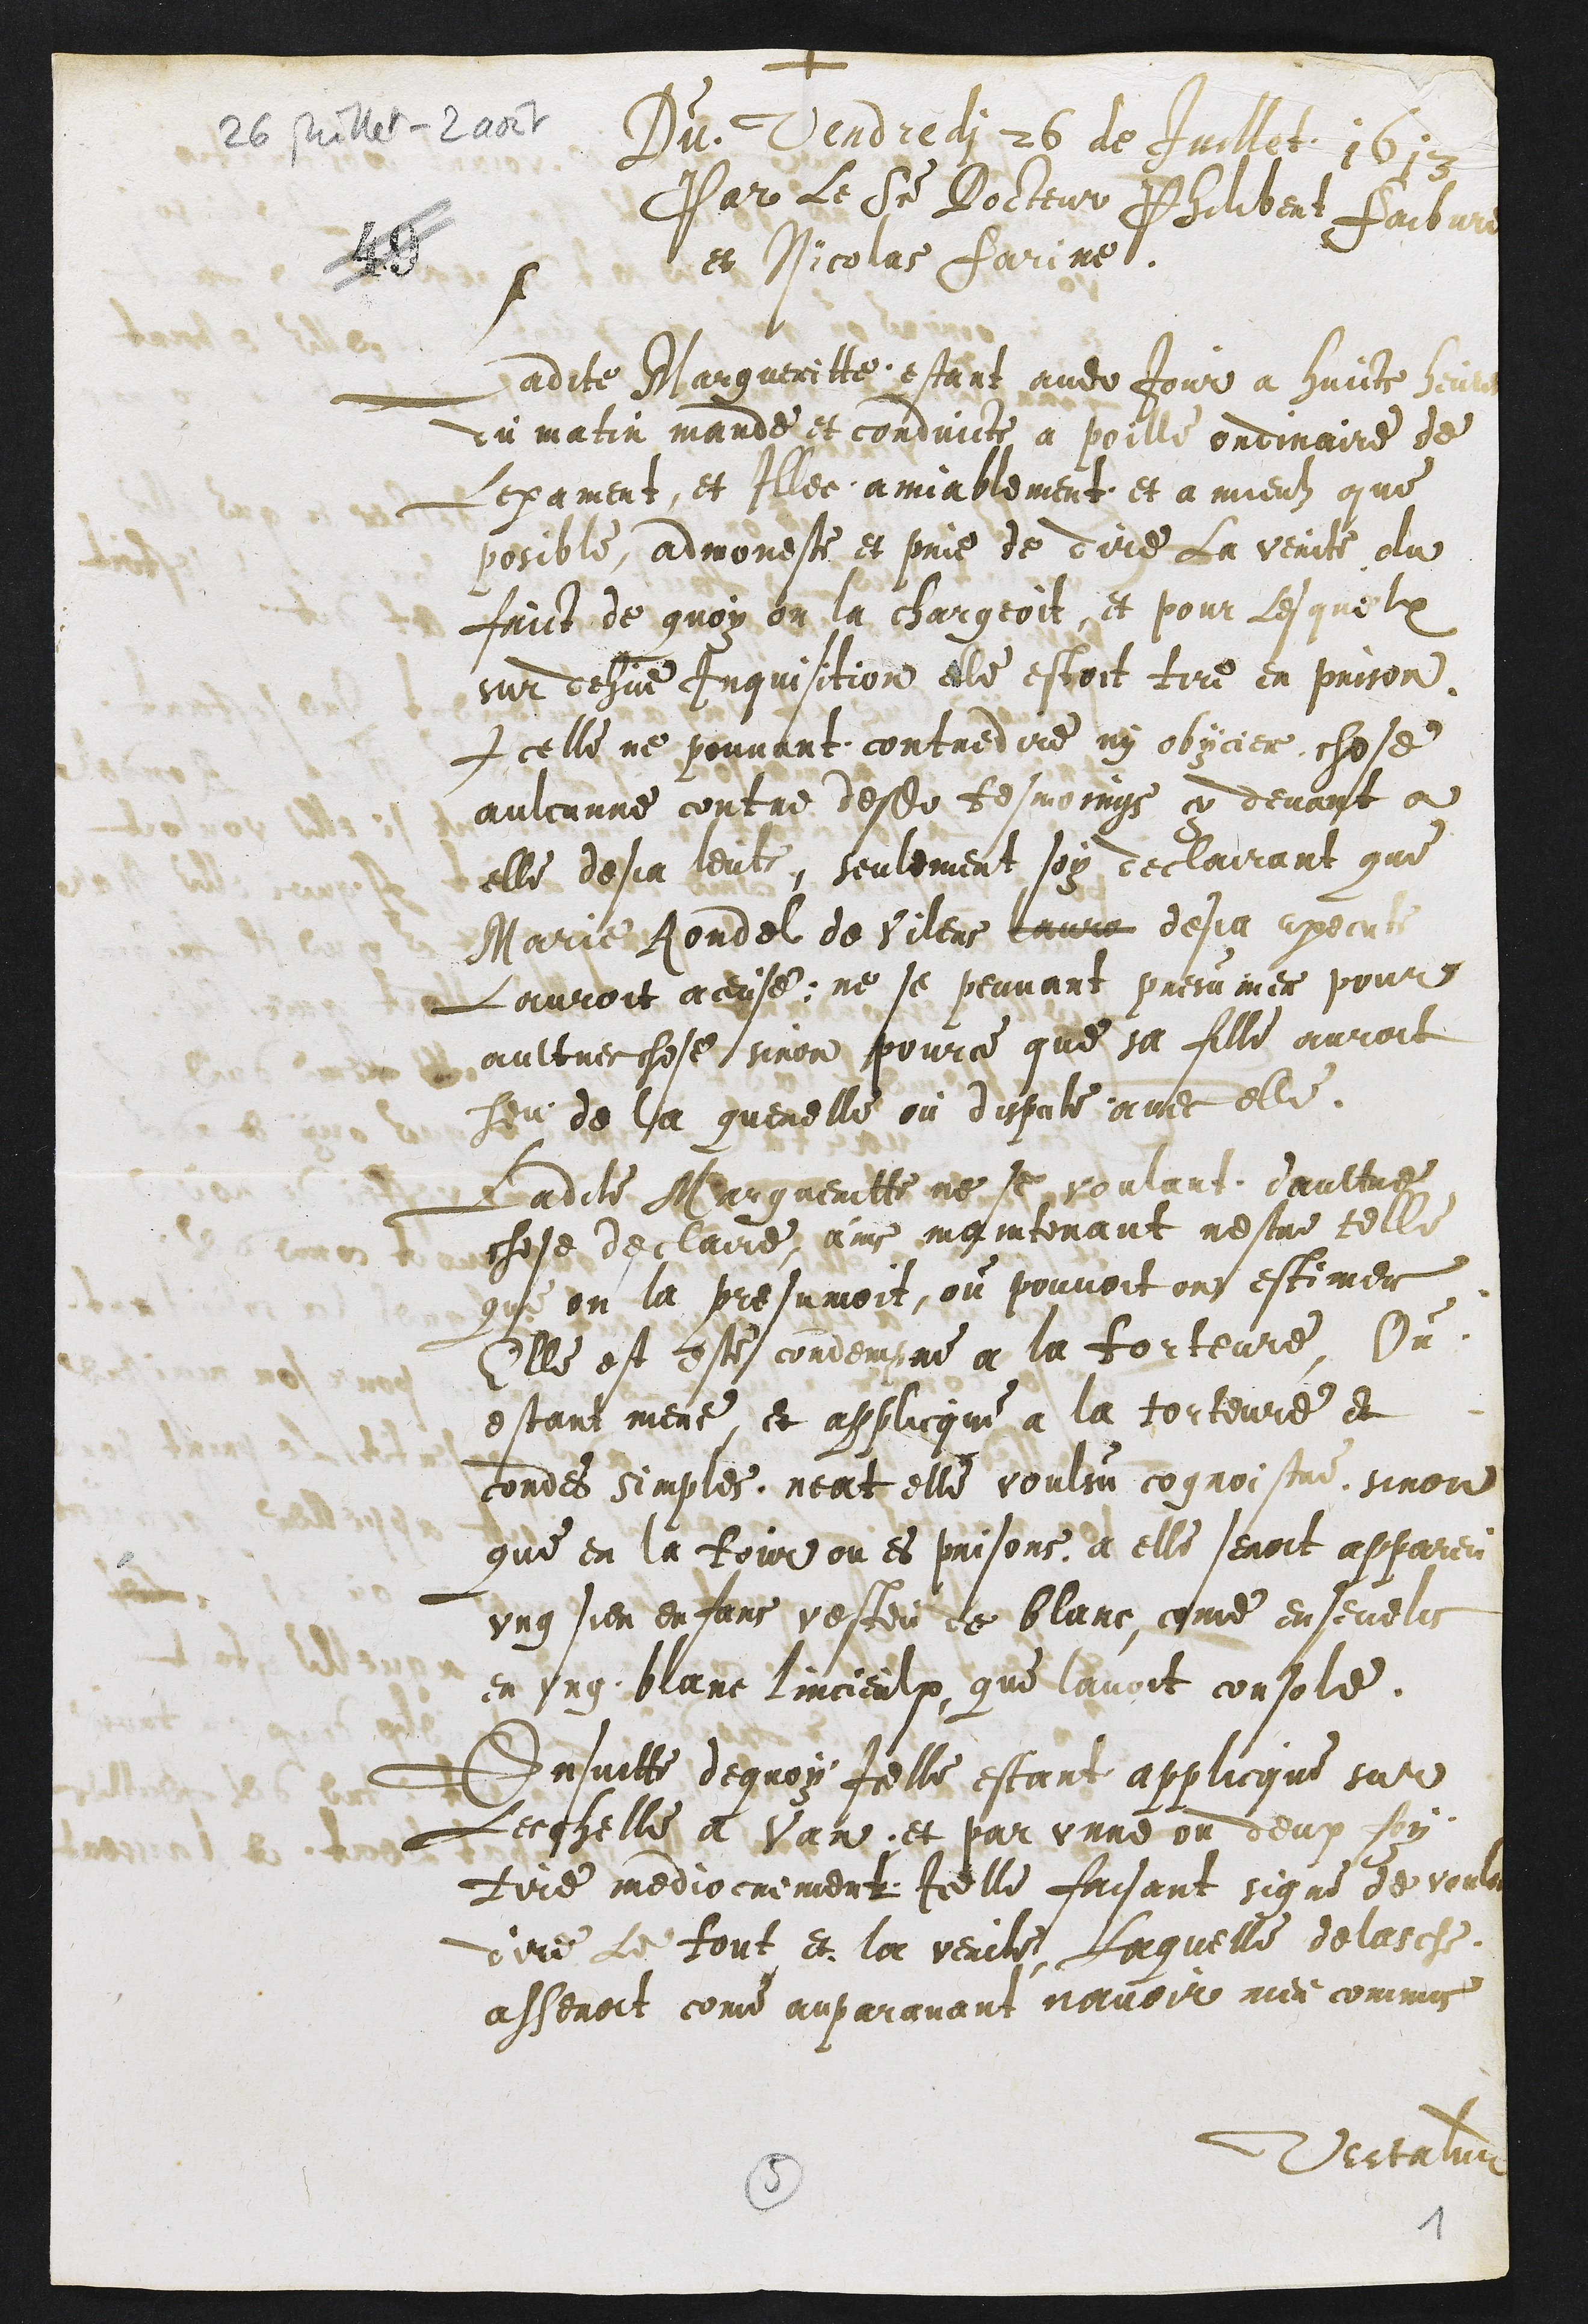
+
Du Vendredi 26 de Juillet 1613
Par le Sr Docteur Philibert faibvre
et Nicolas Farine.
Ladite Margueritte estant audit jour a huicts heures
du matin mande et conduicte a poille ordinaire de
Lexament, et illec amiablement et a mieulz que
posible, admoneste et prie de dire la verite du
faict de quoy on la chargeoit et pour les quelx
sur dehue inquisition elle estoit tire en prison
Icelle ne pouvant contredire ny obycier chose
aulcunne contre desdits tesmoings cy devant a
elle desja leuts, seulement soy declairant que
Marie Rondel de Vilers laura desja execute
Lauroit aceuse; ne se peuvant presumer pour
aultre chose sinon pource que sa fille auroit
heu de la querelle ou dispute avec elle.
Ladite Margueritte ne se voulant daultre
chose declaire, ains maintenant nestre telle
que on la presumoit, ou pouvoit on estimer
Elle est este condempne a la torteure Ou
etant mene et applicque a la torteure et
cordes simples neat elle voulsu cognoistre sinon
que en la tour ou es prisons a elle seroit appareu
vng sien enfans vesteu de blanc, come ensevelis
en ung blanc lincieulx, que lavoit console.
Ensuitte dequoy Icelle estant applicque sur
Lecchelle a Van et par vnne ou deux foy
tire mediocrement Icelle faisant signe de vouloir
dire le tout et la verite, laquelle delasche
asseroit come auparavant navoir riens commis
Vertatur